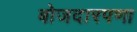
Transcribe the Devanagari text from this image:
बोजदारपणा